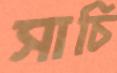
সাচি